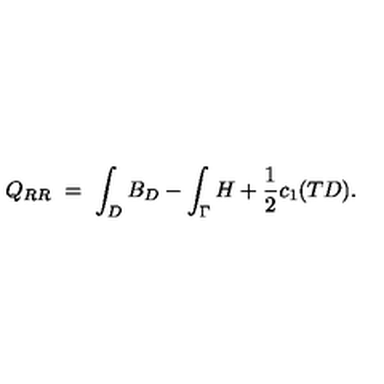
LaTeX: Q _ { R R } \ = \ \int _ { D } B _ { D } - \int _ { \Gamma } H + \frac { 1 } { 2 } c _ { 1 } ( T D ) .